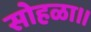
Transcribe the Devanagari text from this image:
सोहळा।।